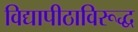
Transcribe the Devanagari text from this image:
विद्यापीठाविरूद्ध